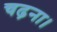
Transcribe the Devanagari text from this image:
चढ़ना।